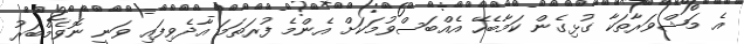
އެ މަޝްވަރާތަކާ ގުޅިގެން ކަމާބެހޭ އެއްބަސްވުމަކަށް އެންމެ ފުރަތަމަ އާދެވިފައި ވަނީ ނޮވެމްބަރު